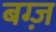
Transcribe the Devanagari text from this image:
बग्ज़